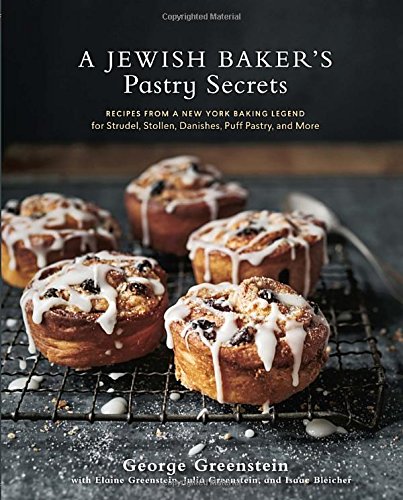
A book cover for A Jewish Baker's Pastry Secrets: Recipes from a New York Baking Legend for Strudel, Stollen, Danishes, Puff Pastry, and More; George Greenstein; Cookbooks, Food & Wine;